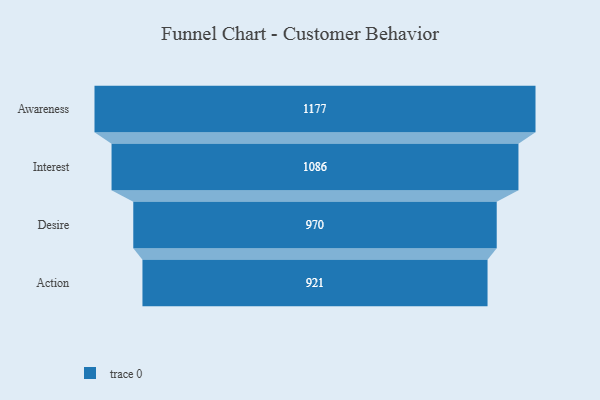
{"axis": {"x": "Stage", "y": "Value"}, "legend": [""], "data": [{"x": "Awareness", "y": 1177.0, "type": ""}, {"x": "Interest", "y": 1086.0, "type": ""}, {"x": "Desire", "y": 970.0, "type": ""}, {"x": "Action", "y": 921.0, "type": ""}]}